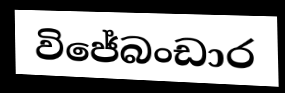
විජේබංඩාර